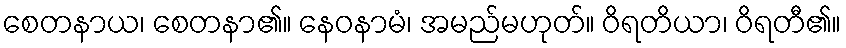
စေတနာယ၊ စေတနာ၏။ နေဝနာမံ၊ အမည်မဟုတ်။ ဝိရတိယာ၊ ဝိရတီ၏။